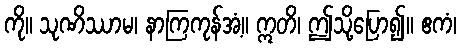
ကို။ သုဏိဿာမ၊ နာကြကုန်အံ့။ ဣတိ၊ ဤသို့ပြော၍။ ဧကံ၊